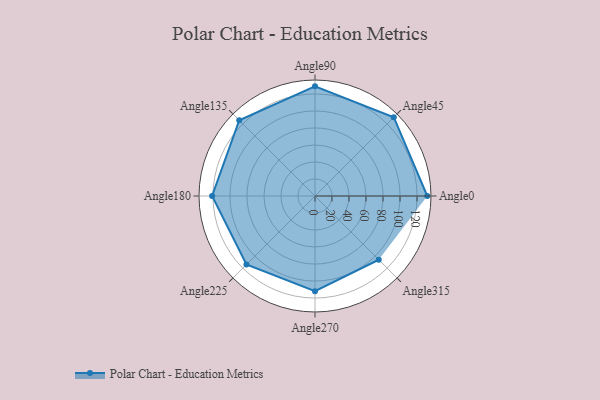
{"axis": {"x": "Angle", "y": "Radius"}, "legend": [""], "data": [{"x": "Angle0", "y": 132.0, "type": ""}, {"x": "Angle45", "y": 131.0, "type": ""}, {"x": "Angle90", "y": 129.0, "type": ""}, {"x": "Angle135", "y": 126.0, "type": ""}, {"x": "Angle180", "y": 121.0, "type": ""}, {"x": "Angle225", "y": 114.0, "type": ""}, {"x": "Angle270", "y": 112.0, "type": ""}, {"x": "Angle315", "y": 106.0, "type": ""}]}